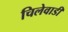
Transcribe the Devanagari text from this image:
चिलेवाडी